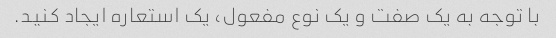
با توجه به یک صفت و یک نوع مفعول، یک استعاره ایجاد کنید.